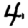
Digit: 4